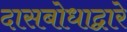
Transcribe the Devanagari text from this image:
दासबोधाद्वारे